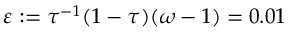
\varepsilon : = \tau ^ { - 1 } ( 1 - \tau ) ( \omega - 1 ) = 0 . 0 1